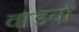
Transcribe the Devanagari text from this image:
वाडवो